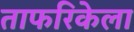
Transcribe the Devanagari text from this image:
ताफरिकेला